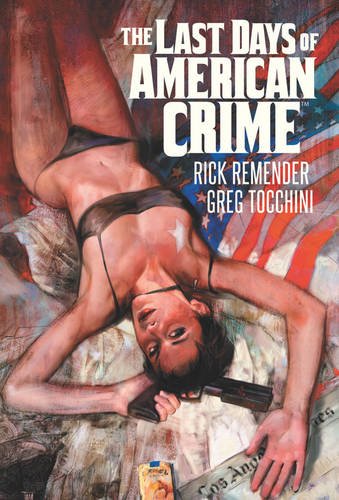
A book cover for Last Days of American Crime; Rick Remender; Comics & Graphic Novels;